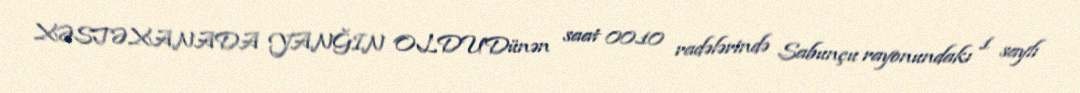
XƏSTƏXANADA YANĞIN OLDUDünən saat 00.10 radələrində Sabunçu rayonundakı 1 saylı